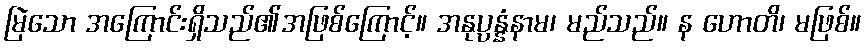
မြဲသော အကြောင်းရှိသည်၏အဖြစ်ကြောင့်။ အနုပ္ပန္နံနာမ၊ မည်သည်။ န ဟောတိ၊ မဖြစ်။